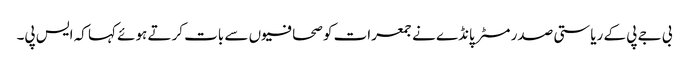
بی جے پی کے ریاستی صدر مسٹر پانڈے نے جمعرات کو صحافیوں سے بات کرتے ہوئے کہا کہ ایس پی۔